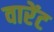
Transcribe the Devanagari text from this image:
वारेंट